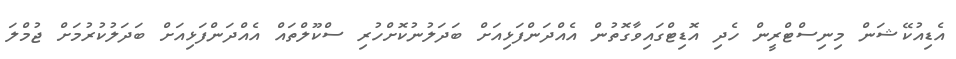
އެޑިއުކޭޝަން މިނިސްޓްރީން ހެދި އޮޑިޓްގައިވާގޮތުން އެއްދަންފަޅިއަށް ބަދަލުނުކޮށްހުރި ސްކޫލްތައް އެއްދަންފަޅިއަށް ބަދަލުކުރުމަށް ޖުމްލަ